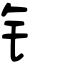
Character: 钅